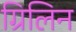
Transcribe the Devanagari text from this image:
ग्रिलिन